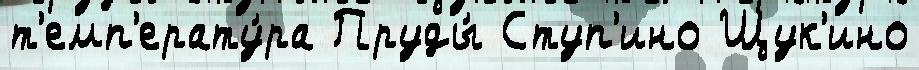
т'емп'ерату́ра Пруды́ Ступ'ино Щук'ино